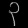
Digit: ၃